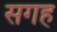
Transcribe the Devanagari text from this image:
सगह